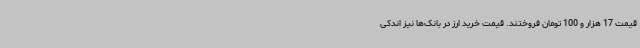
قیمت 17 هزار و 100 تومان فروختند. قیمت خرید ارز در بانک‌ها نیز اندکی